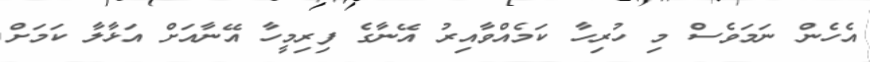
އެހެން ނަމަވެސް މި ހުރިހާ ކަމެއްވާއިރު އޭނާގެ ފިރިމީހާ އޭނާއަށް އަޅާލާ ކަަމަށް